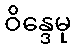
ဝိန္ဒေမု